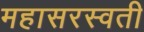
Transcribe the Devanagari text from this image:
महासरस्‍वती